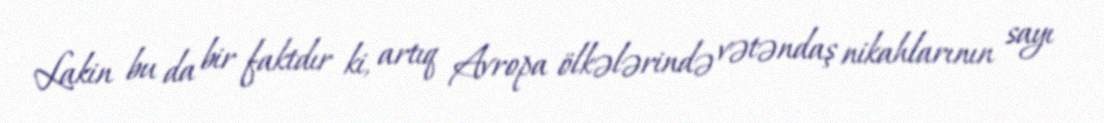
Lakin bu da bir faktdır ki, artıq Avropa ölkələrində vətəndaş nikahlarının sayı